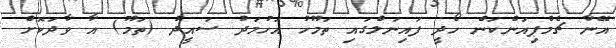
އޭނާ ޗެމްޕިއަންކަން ހޯދީ ފައިނަލްގައި ތަމޫހު އަހުމަދު ސައީދު (ތަމޫ) އާ ވާދަކޮށް